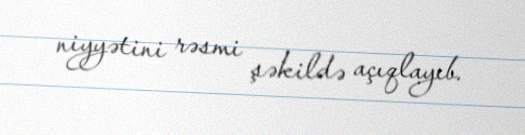
niyyətini rəsmi şəkildə açıqlayıb.